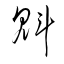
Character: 魁